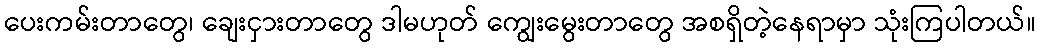
ပေးကမ်းတာတွေ၊ ချေးငှားတာတွေ ဒါမဟုတ် ကျွေးမွေးတာတွေ အစရှိတဲ့နေရာမှာ သုံးကြပါတယ်။